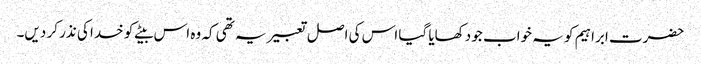
حضرت ابراہیم کو یہ خواب جو دکھایا گیا اس کی اصل تعبیر یہ تھی کہ وہ اس بیٹے کو خدا کی نذر کر دیں۔